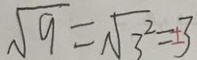
\sqrt { 9 } = \sqrt { 3 ^ { 2 } } = \pm 3